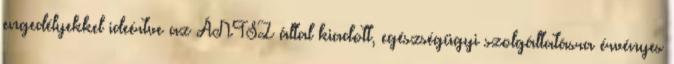
engedélyekkel ideértve az ÁNTSZ által kiadott, egészségügyi szolgáltatásra érvényes